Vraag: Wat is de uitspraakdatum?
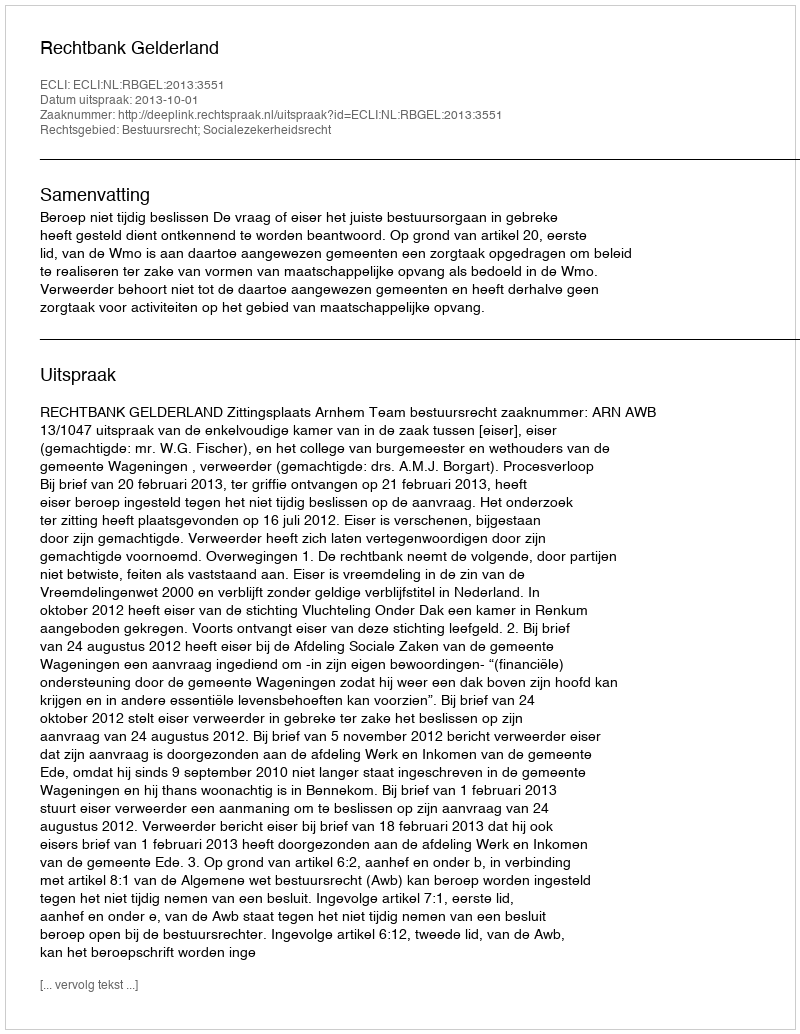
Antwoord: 2013-10-01